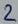
Text: 2